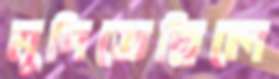
মুদিতেছিলে